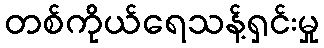
တစ်ကိုယ်ရေသန့်ရှင်းမှု